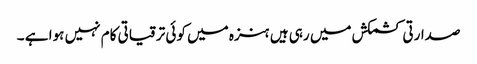
صدارتی کشمکش میں رہی ہیں ہنزہ میں کوئی ترقیاتی کام نہیں ہوا ہے ۔